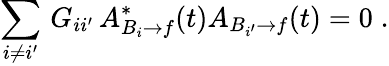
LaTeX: \sum_{i\not=i^{\prime}}\, G_{ii^{\prime}}\, A_{B_{i}\to f}^{*}(t)A_{B_{i^{\prime}}\to f}(t)=0\; .